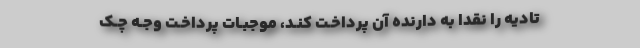
تادیه را نقدا به دارنده آن پرداخـت کنـد، موجبـات پرداخـت وجـه چـک